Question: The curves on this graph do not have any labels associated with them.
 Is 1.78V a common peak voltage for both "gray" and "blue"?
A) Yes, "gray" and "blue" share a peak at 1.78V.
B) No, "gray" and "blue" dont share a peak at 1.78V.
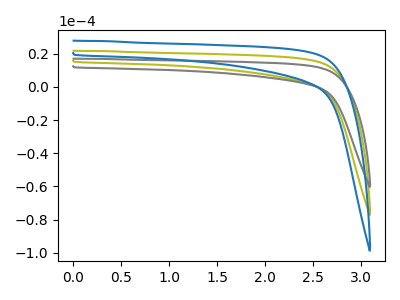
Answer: <think>The olive curve "olive" has no peaks. The gray curve "gray" has no peaks. The blue curve "blue" has no peaks.</think>
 <answer>B) No, "gray" and "blue" dont share a peak at 1.78V.</answer>
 <eval>B</eval>